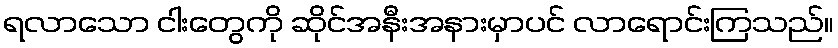
ရလာသော ငါးတွေကို ဆိုင်အနီးအနားမှာပင် လာရောင်းကြသည်။